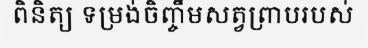
ពិនិត្យ ទម្រង់ចិញ្ចឹមសត្វព្រាបរបស់